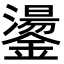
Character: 𮣋